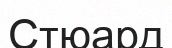
Стюард